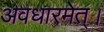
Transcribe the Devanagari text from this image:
अवधारमेत्।